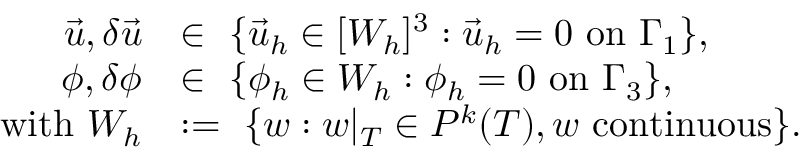
\begin{array} { r l } { \vec { u } , \delta \vec { u } } & { \in \ \{ \vec { u } _ { h } \in [ W _ { h } ] ^ { 3 } : \vec { u } _ { h } = 0 \mathrm { ~ o n ~ } \Gamma _ { 1 } \} , } \\ { \phi , \delta \phi } & { \in \ \{ \phi _ { h } \in W _ { h } : \phi _ { h } = 0 \mathrm { ~ o n ~ } \Gamma _ { 3 } \} , } \\ { \mathrm { w i t h ~ } W _ { h } } & { : = \ \{ w : w | _ { T } \in P ^ { k } ( T ) , w \mathrm { ~ c o n t i n u o u s } \} . } \end{array}